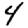
Digit: 4